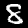
Digit: 8